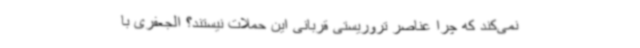
نمی‌کند که چرا عناصر تروریستی قربانی این حملات نیستند؟ الجعفری با